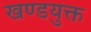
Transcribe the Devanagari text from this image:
खण्डयुक्त